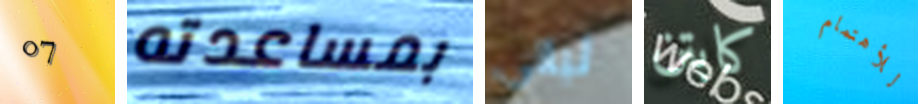
07 بمساعدته ليالي كابتن للأهتمام